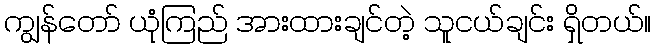
ကျွန်တော် ယုံကြည် အားထားချင်တဲ့ သူငယ်ချင်း ရှိတယ်။